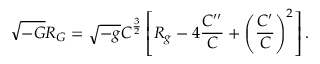
\sqrt { - G } { \cal R } _ { G } = \sqrt { - g } { \cal C } ^ { \frac { 3 } { 2 } } \left[ { \cal R } _ { g } - 4 { \frac { { \cal C } ^ { \prime \prime } } { \cal C } } + \left( { \frac { { \cal C } ^ { \prime } } { \cal C } } \right) ^ { 2 } \right] .